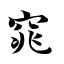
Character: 窕